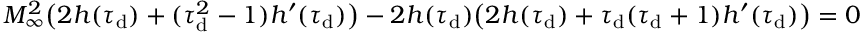
\begin{array} { r } { M _ { \infty } ^ { 2 } \big ( 2 h ( \tau _ { \mathrm { d } } ) + ( \tau _ { \mathrm { d } } ^ { 2 } - 1 ) h ^ { \prime } ( \tau _ { \mathrm { d } } ) \big ) - 2 h ( \tau _ { \mathrm { d } } ) \big ( 2 h ( \tau _ { \mathrm { d } } ) + \tau _ { \mathrm { d } } ( \tau _ { \mathrm { d } } + 1 ) h ^ { \prime } ( \tau _ { \mathrm { d } } ) \big ) = 0 \, . } \end{array}